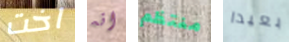
اخت انه منتظم بعيدا